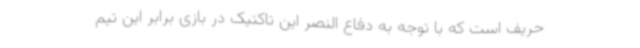
حریف است که با توجه به دفاع النصر این تاکتیک در بازی برابر این تیم